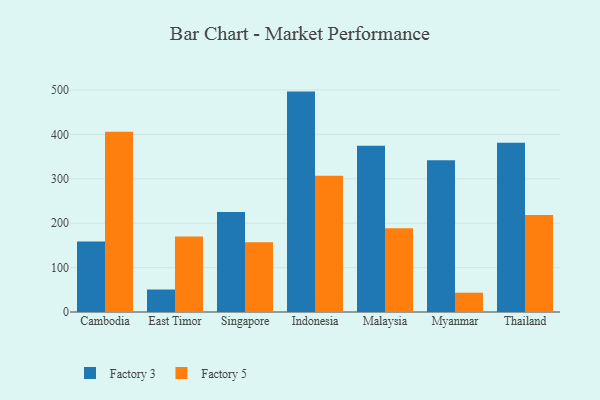
{"axis": {"x": "Country", "y": "Satisfaction Score"}, "legend": ["Factory 3", "Factory 5"], "data": [{"x": "Cambodia", "y": 159.0, "type": "Factory 3"}, {"x": "Cambodia", "y": 405.9, "type": "Factory 5"}, {"x": "East Timor", "y": 50.6, "type": "Factory 3"}, {"x": "East Timor", "y": 170.1, "type": "Factory 5"}, {"x": "Singapore", "y": 225.0, "type": "Factory 3"}, {"x": "Singapore", "y": 157.3, "type": "Factory 5"}, {"x": "Indonesia", "y": 496.2, "type": "Factory 3"}, {"x": "Indonesia", "y": 306.9, "type": "Factory 5"}, {"x": "Malaysia", "y": 374.3, "type": "Factory 3"}, {"x": "Malaysia", "y": 188.6, "type": "Factory 5"}, {"x": "Myanmar", "y": 341.6, "type": "Factory 3"}, {"x": "Myanmar", "y": 43.5, "type": "Factory 5"}, {"x": "Thailand", "y": 380.9, "type": "Factory 3"}, {"x": "Thailand", "y": 218.3, "type": "Factory 5"}]}